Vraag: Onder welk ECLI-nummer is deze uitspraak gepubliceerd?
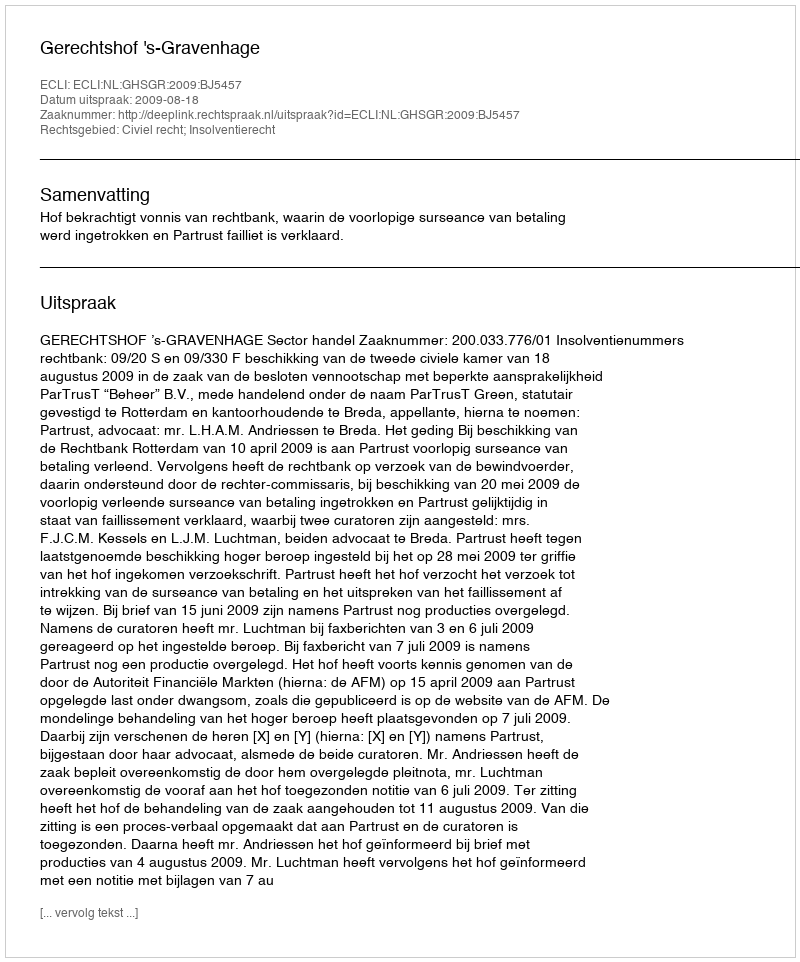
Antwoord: ECLI:NL:GHSGR:2009:BJ5457